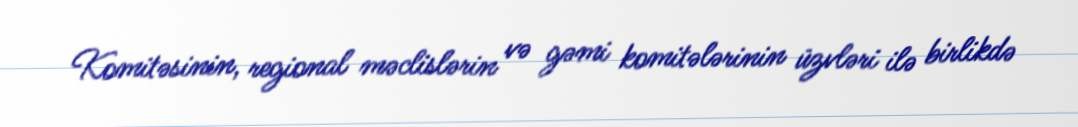
Komitəsinin, regional məclislərin və gəmi komitələrinin üzvləri ilə birlikdə